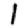
Digit: 1